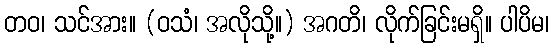
တဝ၊ သင်အား။ (ဝသံ၊ အလိုသို့။) အဂတိ၊ လိုက်ခြင်းမရှိ။ ပါပိမ၊